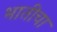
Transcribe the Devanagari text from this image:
भातीचा